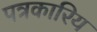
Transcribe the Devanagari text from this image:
पत्रकारिय